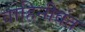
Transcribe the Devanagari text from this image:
वाहिनीवंत